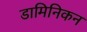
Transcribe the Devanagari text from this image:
डामिनिकन